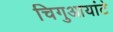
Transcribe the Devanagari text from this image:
चिगुआयांटे